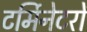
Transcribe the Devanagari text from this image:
टर्मिनेटरों